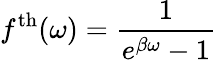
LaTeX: f^{\mathrm{th}}(\omega)=\frac{1}{e^{\beta\omega}-1}